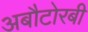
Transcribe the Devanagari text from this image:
अबौटोरबी